Source: Handwritten
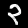
Digit: ၃ (3)